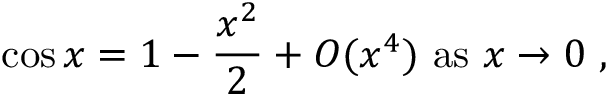
\cos x = 1 - { \frac { x ^ { 2 } } { 2 } } + O ( x ^ { 4 } ) { \mathrm { ~ a s ~ } } x \to 0 \ ,